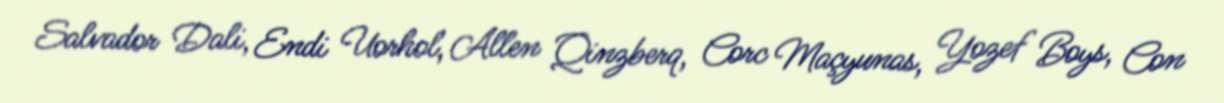
Salvador Dali, Endi Uorhol, Allen Qinzberq, Corc Maçyunas, Yozef Boys, Con